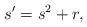
LaTeX: \begin{align*} s' = s^2 + r, \end{align*}